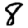
Digit: 8